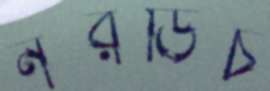
নরডিচ